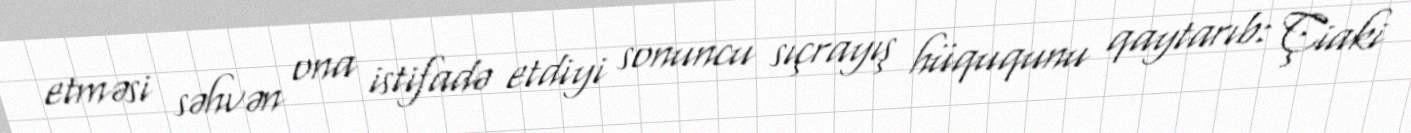
etməsi səhvən ona istifadə etdiyi sonuncu sıçrayış hüququnu qaytarıb: Çiaki